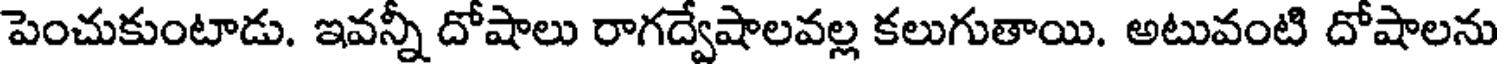
పెంచుకుంటాడు. ఇవన్నీ దోషాలు రాగద్వేషాలవల్ల కలుగుతాయి. అటువంటి దోషాలను